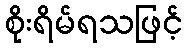
စိုးရိမ်ရသဖြင့်